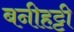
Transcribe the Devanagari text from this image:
बनीहट्टी